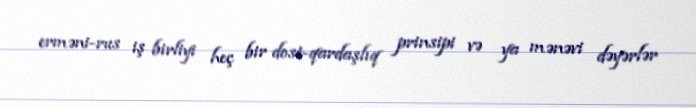
erməni-rus iş birliyi heç bir dost-qardaşlıq prinsipi və ya mənəvi dəyərlər